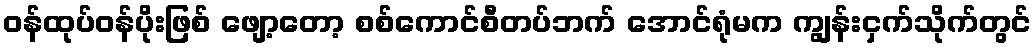
ဝန်ထုပ်ဝန်ပိုးဖြစ် ဖျော့တော့ စစ်ကောင်စီတပ်ဘက် အောင်ရုံမက ကျွန်းငှက်သိုက်တွင်